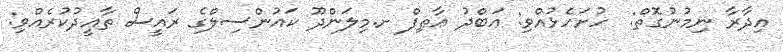
އިދާރާ ނިމުނުގޮތް:  ހުށަހެޅުއްވި: ޢަބްދު ޢާޠިފް ށ.މިލަންދޫ ކައުންސިލްގެ ރައީސް ތާޢީދުކުރެއްވި: